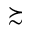
\succsim